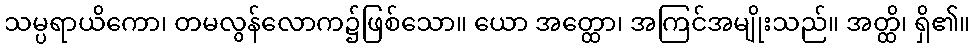
သမ္ပရာယိကော၊ တမလွန်လောက၌ဖြစ်သော။ ယော အတ္ထော၊ အကြင်အမျိုးသည်။ အတ္ထိ၊ ရှိ၏။